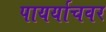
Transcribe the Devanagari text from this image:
पायर्याचवर